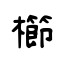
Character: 櫛